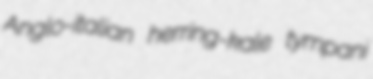
Anglo-italian herring-kale tympani